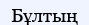
Бұлтың